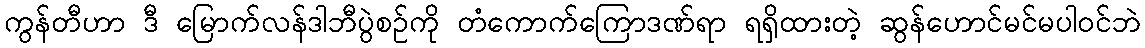
ကွန်တီဟာ ဒီ မြောက်လန်ဒါဘီပွဲစဉ်ကို တံကောက်ကြောဒဏ်ရာ ရရှိထားတဲ့ ဆွန်ဟောင်မင်မပါဝင်ဘဲ